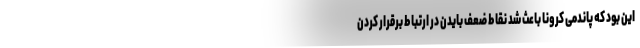
این بود که پاندمی کرونا باعث شد نقاط ضعف بایدن در ارتباط برقرار کردن